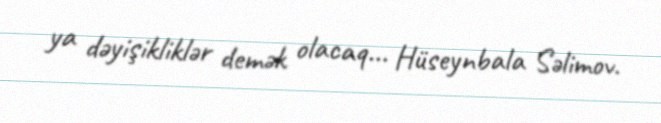
ya dəyişikliklər demək olacaq... Hüseynbala Səlimov.